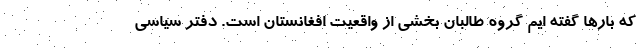
که بارها گفته ایم گروه طالبان بخشی از واقعیت افغانستان است. دفتر سیاسی